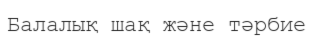
Балалық шақ және тәрбие